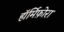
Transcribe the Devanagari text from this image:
हॉर्मिफ़ोरा